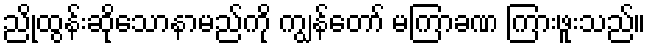
ညိုထွန်းဆိုသောနာမည်ကို ကျွန်တော် မကြာခဏ ကြားဖူးသည်။